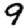
Digit: 9